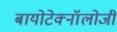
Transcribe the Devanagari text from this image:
बायोटेक्नॉलोजी